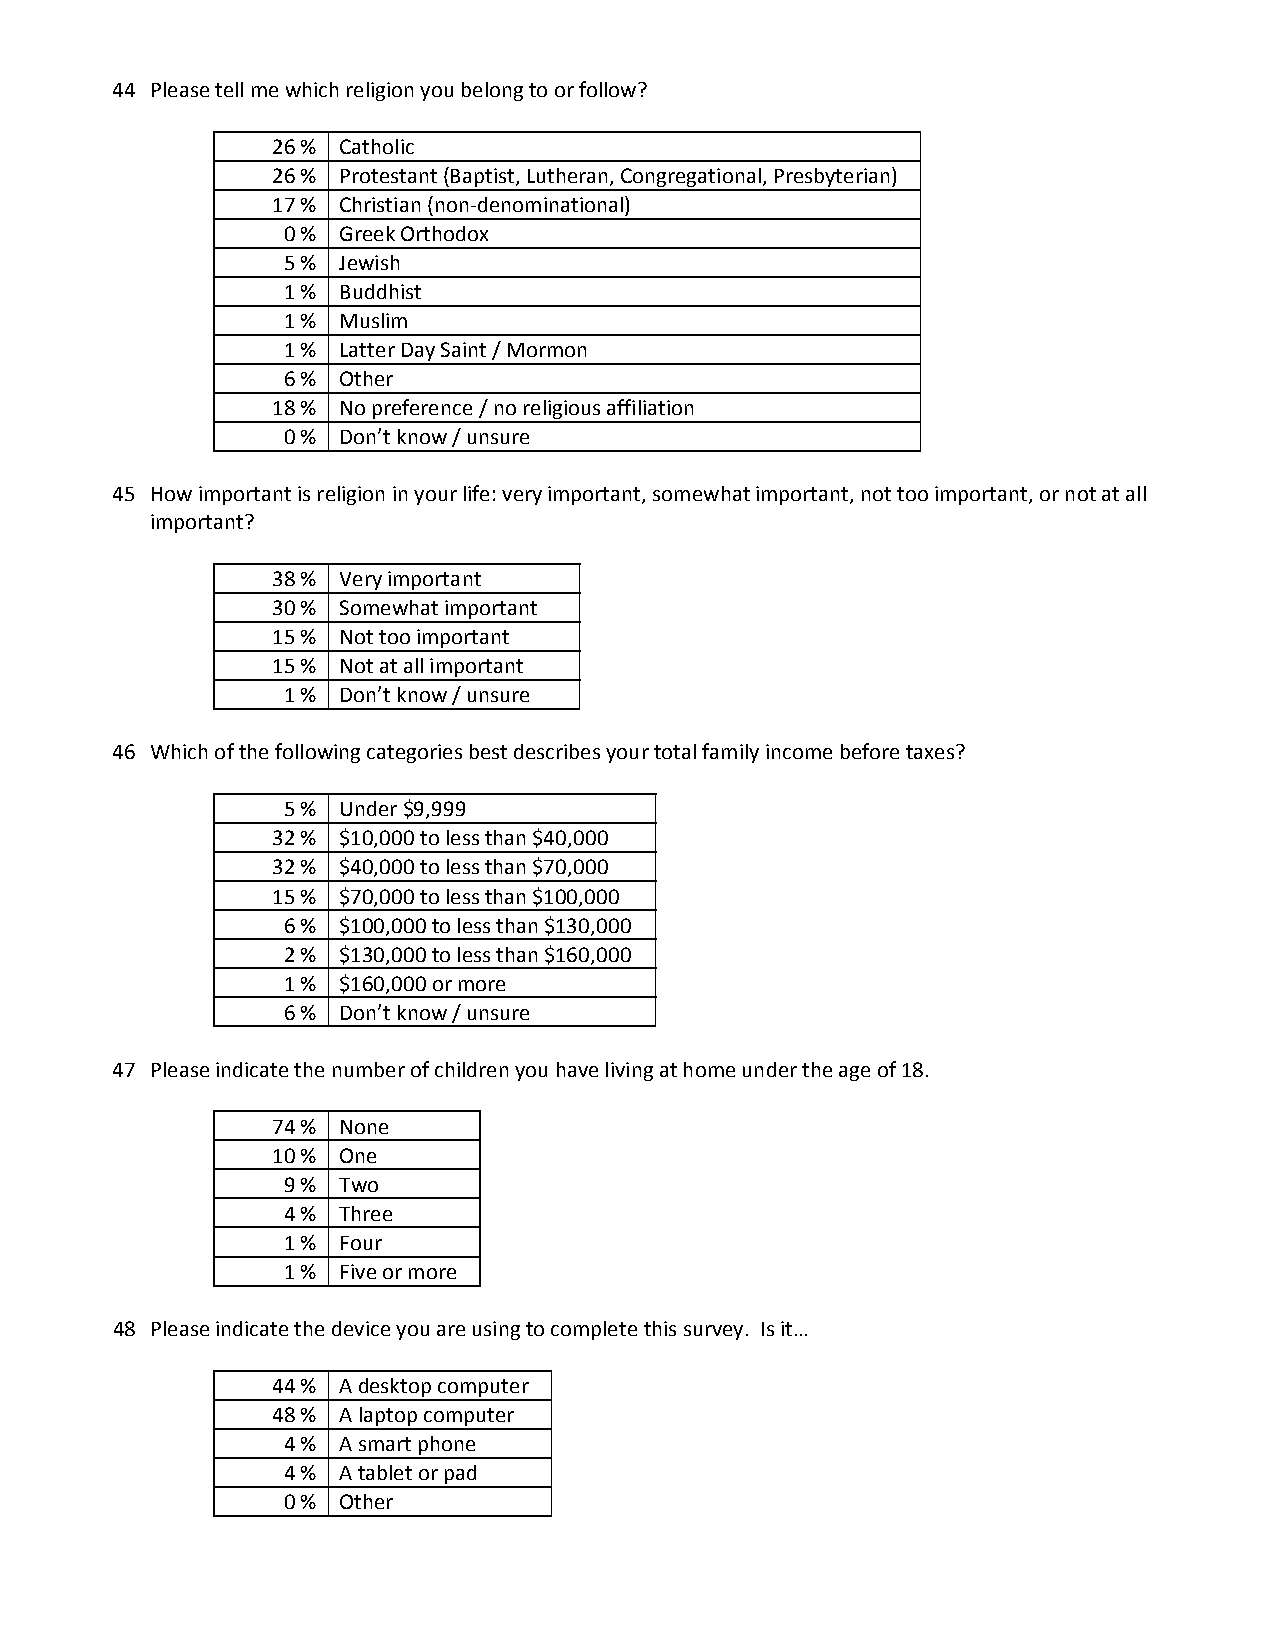
44 Please tell me which religion you belong to or follow?
 26 % Catholic
 26 % Protestant (Baptist, Lutheran, Congregational, Presbyterian)
 17 % Christian (non‐denominational)
 0 % Greek Orthodox
 5 % Jewish
 1 % Buddhist
 1 % Muslim
 1 % Latter Day Saint / Mormon
 6 % Other
 18 % No preference / no religious affiliation
 0 % Don’t know / unsure
 45 How important is religion in your life: very important, somewhat important, not too important, or not at all
 important?
 38 % Very important
 30 % Somewhat important
 15 % Not too important
 15 % Not at all important
 1 % Don’t know / unsure
 46 Which of the following categories best describes your total family income before taxes?
 5 % Under $9,999
 32 % $10,000 to less than $40,000
 32 % $40,000 to less than $70,000
 15 % $70,000 to less than $100,000
 6 % $100,000 to less than $130,000
 2 % $130,000 to less than $160,000
 1 % $160,000 or more
 6 % Don’t know / unsure
 47 Please indicate the number of children you have living at home under the age of 18.
 74 % None
 10 % One
 9 % Two
 4 % Three
 1 % Four
 1 % Five or more
 48 Please indicate the device you are using to complete this survey. Is it…
 44 % A desktop computer
 48 % A laptop computer
 4 % A smart phone
 4 % A tablet or pad
 0 % Other